Document type: Emphyteutic lease
Year: 1281
Scribe: Pere Marquès
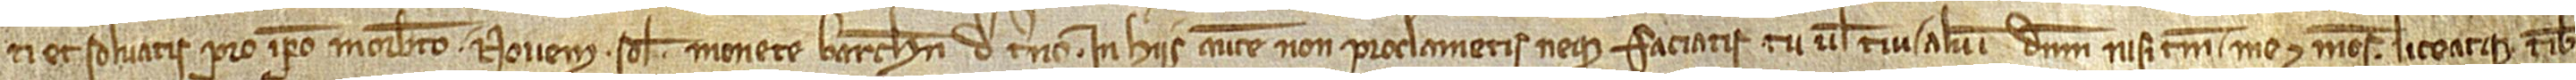
ti; et solvatis pro ipso morabatino novem solidos monete Barchinone de terno. In hiis autem non proclametis neque faciatis tu vel tui alium dominum nisi tamen me et meos. Liceatque tibi